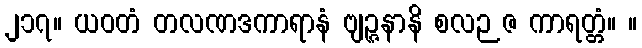
၂၁၇။ ယဝတံ တလဏဒကာရာနံ ဗျဉ္ဇနာနိ စလဉဇ ကာရတ္တံ။ ။